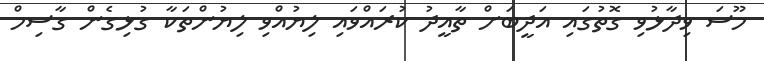
މޫސަ ވިދާޅުވި ގޮތުގައި އަދީބަށް ތާއީދު ކުރައްވައި ލިޔުއްވި ލިޔުންތަކާ ގުޅިގެން ގާސިމް